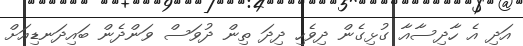
އަދި އެ ހާދިސާއާ ގުޅިގެން ދިވެހި ދިދަ ތިން ދުވަސް ވަންދެން ބައިދަނޑިއަށް